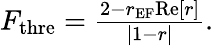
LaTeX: \begin{array}{r}{F_{\textrm{thre}}=\frac{2-r_{\textrm{EF}}\textrm{Re}[r]}{|1-r|}.}\end{array}